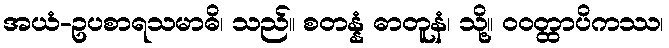
အယံ-ဥပစာရသမာဓိ၊ သည်။ စတန္နံ ဓာတူနံ၊ သို့။ ဝဝတ္ထာပိကဿ၊